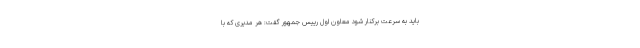
باید به سرعت برکنار شود معاون اول رییس جمهور گفت: هر مدیری که با